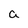
Character: a